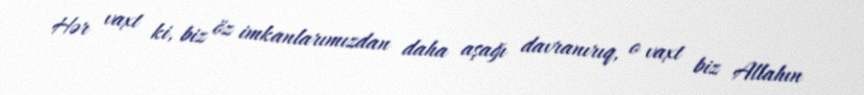
Hər vaxt ki, biz öz imkanlarımızdan daha aşağı davranırıq, o vaxt biz Allahın